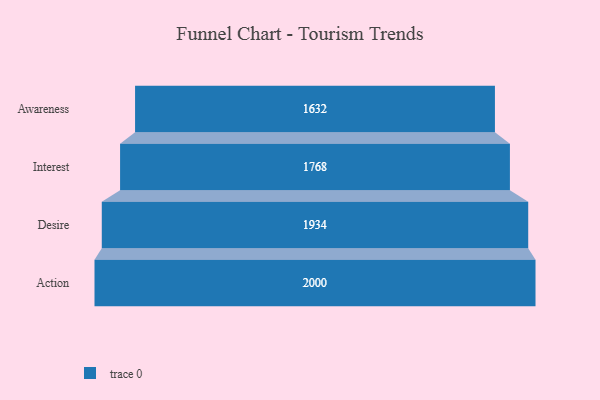
{"axis": {"x": "Stage", "y": "Value"}, "legend": [""], "data": [{"x": "Awareness", "y": 1632.0, "type": ""}, {"x": "Interest", "y": 1768.0, "type": ""}, {"x": "Desire", "y": 1934.0, "type": ""}, {"x": "Action", "y": 2000, "type": ""}]}